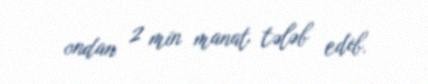
ondan 2 min manat tələb edib.